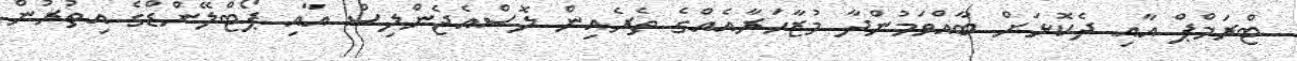
ޓްރަމްޕް އާއި ދެކޮޅަށް ބާއްވަމުންދާ މުޒާހަރާއެއްގެ ތެރެއިން ލޮސްއެޖެންލިސް އާއި ޕޯޓްލޭންޑްގެ އިތުރުން